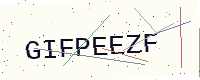
Text: GIFPEEZF